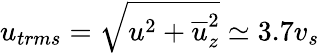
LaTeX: u_{trms}=\sqrt{u^{2}+\overline{{u}}_{z}^{2}}\simeq 3.7v_{s}